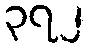
၃၇၂